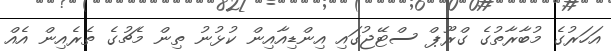
އަހަރުގެ މުބާރާތުގެ ގްރޫޕް ސްޓޭޖުގައި އިންޑިއާއިން ކުޅުނު ތިން މެޗުގެ ތެރެއިން އެއް